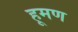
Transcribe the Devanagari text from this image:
हूमण